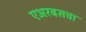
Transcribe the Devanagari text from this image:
एअरबसचा